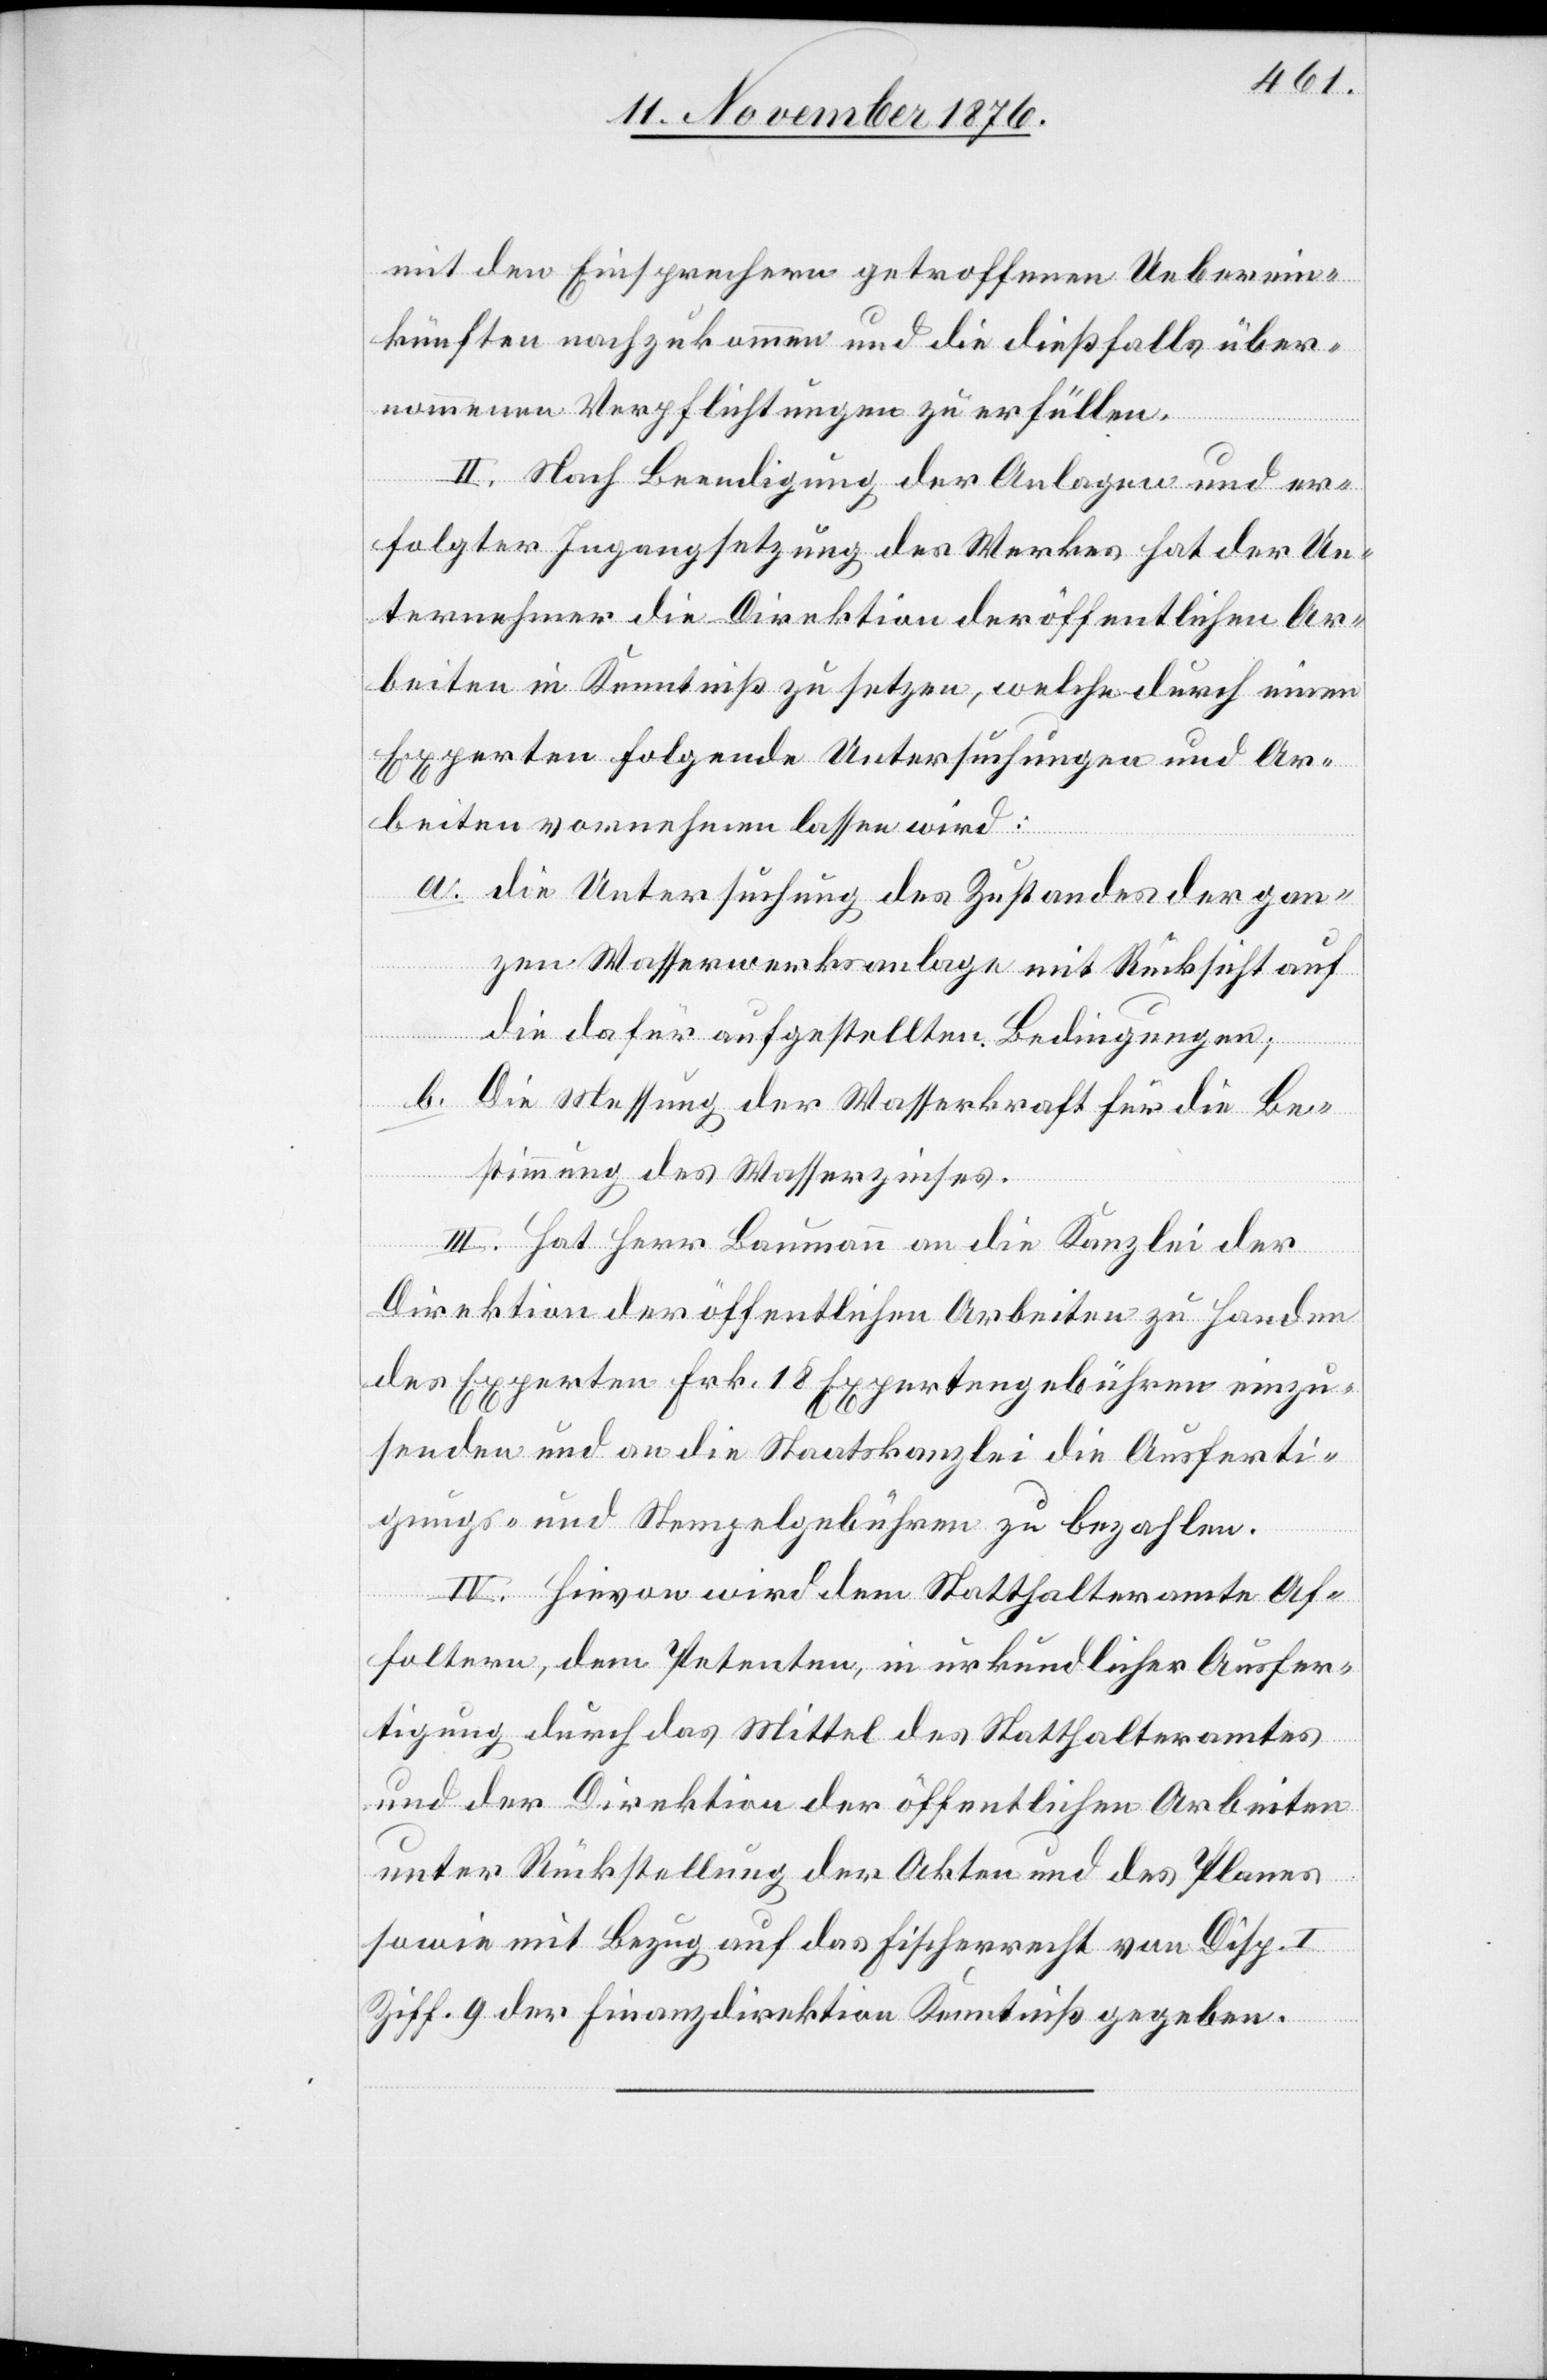
mit den Einsprechern getroffenen Ueberein¬
künften nachzukommen und die dießfalls über¬
nommenen Verpflichtungen zu erfüllen.
II. Nach Beendigung der Anlagen und er¬
folgter Ingangsetzung des Werkes hat der Un¬
ternehmer die Direktion der öffentlichen Ar¬
beiten in Kenntniß zu setzen, welche durch einen
Experten folgende Untersuchungen und Ar¬
beiten vornehmen lassen wird:
a. die Untersuchung des Zustandes der gan¬
zen Wasserwerksanlage mit Rücksicht auf
die dafür aufgestellten Bedingungen;
b. Die Messung der Wasserkraft für die Be¬
stimmung des Wasserzinses.
III. Hat Herr Baumann an die Kanzlei der
Direktion der öffentlichen Arbeiten zu Handen
des Experten Frk. 18 Expertengebühren einzu¬
senden und an die Staatskanzlei die Ausferti¬
gungs- und Stempelgebühren zu bezahlen.
IV. Hievon wird dem Statthalteramte Af¬
foltern, dem Petenten, in urkundlicher Ausfer¬
tigung durch das Mittel des Statthalteramtes
und der Direktion der öffentlichen Arbeiten
unter Rückstellung der Akten und des Planes
sowie mit Bezug auf das Fischerrecht von Disp. I.
Ziff. 9 der Finanzdirektion Kenntniß gegeben.